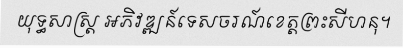
យុទ្ធសាស្ត្រ អភិវឌ្ឍន៍ទេសចរណ៍ខេត្តព្រះសីហនុ។